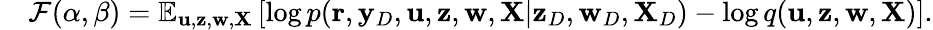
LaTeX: \begin{array}{rl}&{{\mathcal{F}}(\alpha,\beta)={\mathbb E}_{{\mathbf u},{\mathbf z},{\mathbf w},{\mathbf X}}\left[\log p({\mathbf r},{\mathbf y}_{D},{\mathbf u},{\mathbf z},{\mathbf w},{\mathbf X}|{\mathbf z}_{D},{\mathbf w}_{D},{\mathbf X}_{D})-\log q({\mathbf u},{\mathbf z},{\mathbf w},{\mathbf X})\right].}\end{array}